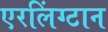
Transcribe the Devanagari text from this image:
एरलिंग्टान